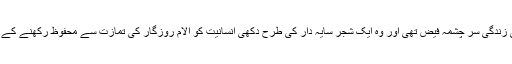
رانا دلدار احمد قادری کی زندگی سر چشمۂ فیض تھی اور وہ ایک شجرِ سایہ دار کی طرح دُکھی انسانیت کو آلامِ روزگار کی تمازت سے محفوظ رکھنے کے لیے کوشاں رہتے تھے ۔